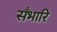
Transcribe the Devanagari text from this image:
सँभारि